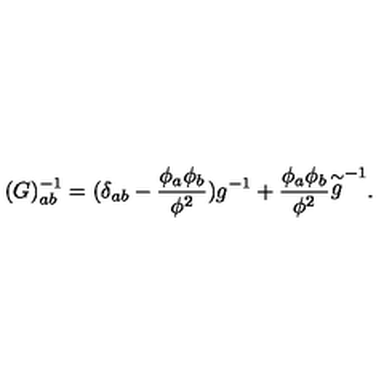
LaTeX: ( G ) _ { a b } ^ { - 1 } = ( \delta _ { a b } - \frac { \phi _ { a } \phi _ { b } } { \phi ^ { 2 } } ) g ^ { - 1 } + \frac { \phi _ { a } \phi _ { b } } { \phi ^ { 2 } } { \stackrel { \sim } { g } } ^ { - 1 } .